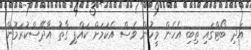
އަދި ބޯޓްގައި ތިބި އެހެން މީހުން ވެސް އެކަމަށް ކައްޕި ގާތު އާދޭސްކުރަމުން